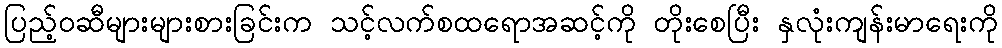
ပြည့်ဝဆီများများစားခြင်းက သင့်လက်စထရောအဆင့်ကို တိုးစေပြီး နှလုံးကျန်းမာရေးကို